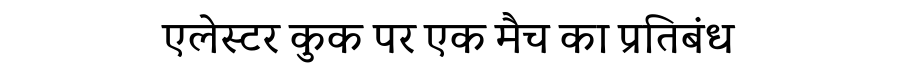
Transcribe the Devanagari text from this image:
एलेस्टर कुक पर एक मैच का प्रतिबंध